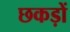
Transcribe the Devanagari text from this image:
छकड़ों